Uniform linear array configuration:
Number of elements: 24
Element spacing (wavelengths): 1
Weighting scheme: hann
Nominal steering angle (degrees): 30
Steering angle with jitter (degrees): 28.297
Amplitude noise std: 0.05
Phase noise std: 0.05

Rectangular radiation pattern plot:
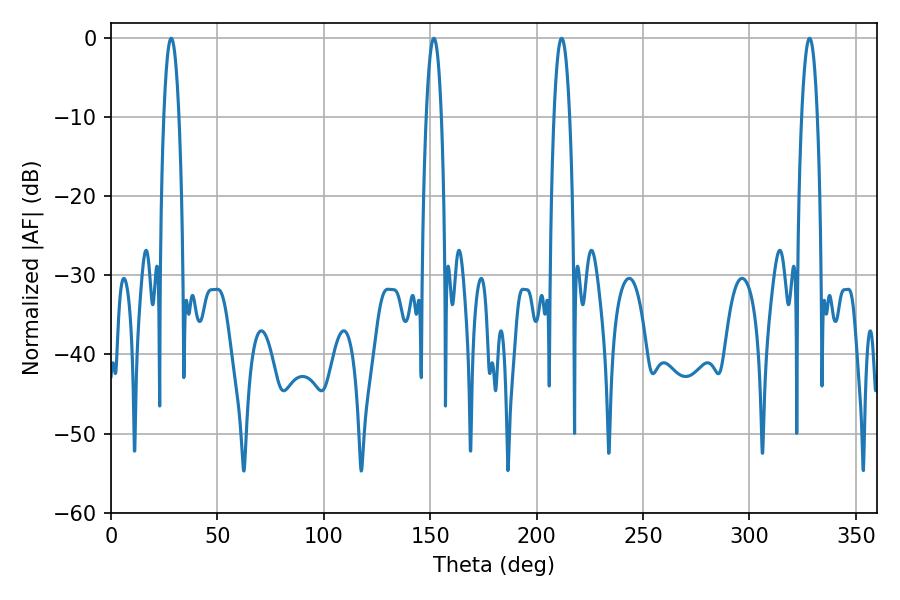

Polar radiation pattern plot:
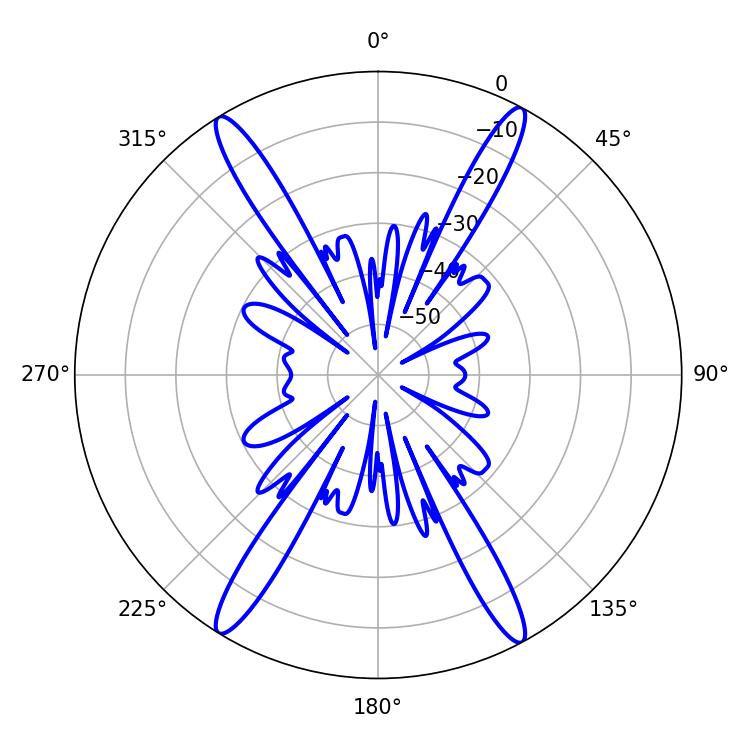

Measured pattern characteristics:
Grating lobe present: TRUE
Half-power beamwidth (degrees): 3.96
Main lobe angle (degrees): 151.74